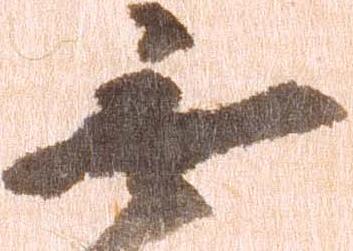
無